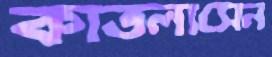
কাতলাসেন